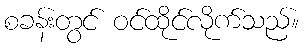
စခန်းတွင် ဝင်ထိုင်လိုက်သည်။